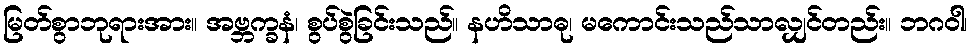
မြတ်စွာဘုရားအား။ အဗ္ဘက္ခနံ၊ စွပ်စွဲခြင်းသည်။ နဟိသာဓု၊ မကောင်းသည်သာလျှင်တည်း။ ဘဂဝါ၊